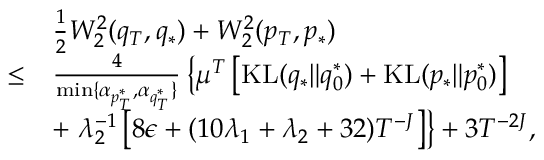
\begin{array} { r l } & { \frac { 1 } { 2 } W _ { 2 } ^ { 2 } ( q _ { T } , q _ { * } ) + W _ { 2 } ^ { 2 } ( p _ { T } , p _ { * } ) } \\ { \leq } & { \frac { 4 } { \operatorname* { m i n } \{ \alpha _ { p _ { T } ^ { * } } , \alpha _ { q _ { T } ^ { * } } \} } \left\{ \mu ^ { T } \left[ \mathrm { K L } ( q _ { * } \| q _ { 0 } ^ { * } ) + \mathrm { K L } ( p _ { * } \| p _ { 0 } ^ { * } ) \right] \right. } \\ & { + \left. \lambda _ { 2 } ^ { - 1 } \left[ 8 \epsilon + ( 1 0 \lambda _ { 1 } + \lambda _ { 2 } + 3 2 ) T ^ { - J } \right] \right\} + 3 T ^ { - 2 J } , } \end{array}